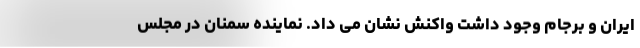
ایران و برجام وجود داشت واکنش نشان می داد. نماینده سمنان در مجلس